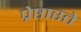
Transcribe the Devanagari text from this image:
प्रेष्ठास्ते